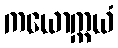
ကယောက္ကယံ